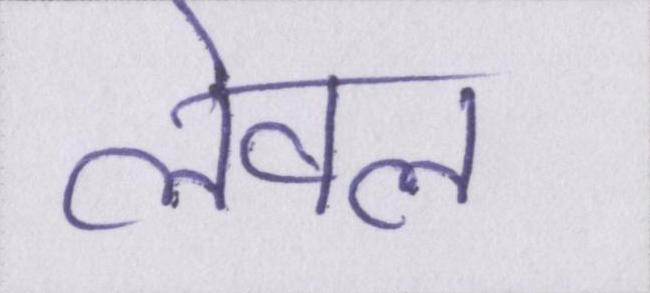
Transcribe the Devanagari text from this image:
लेवल